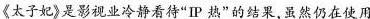
《太子妃》是影视业冷静看待"IP 热”的结果虽然仍在使用